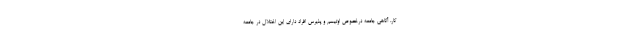
کار، آگاهی جامعه درخصوص اوتیسم و پذیرس افراد دارای این اختلال در جامعه